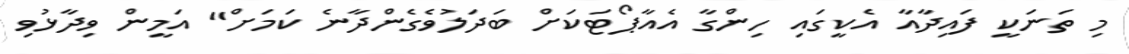
މި ތަނަކީ ފައިދާއާ އެކީގައި ހިންގާ އެއާޕޯޓަކަށް ބަދަލުވެގެންދާނެ ކަމަށް" އަމީން ވިދާޅުވި